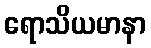
ရောသိယမာနာ